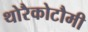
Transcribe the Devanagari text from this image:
थोरैकोटौमी